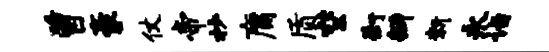
曾豪仗帝杪庸质空街瓣新永诣